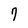
Character: 9